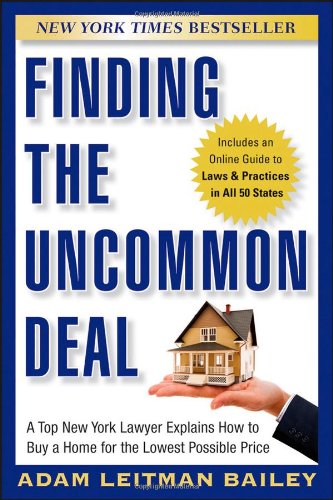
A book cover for Finding the Uncommon Deal: A Top New York Lawyer Explains How to Buy a Home For the Lowest Possible Price; Adam Leitman Bailey; Business & Money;